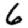
Digit: 6